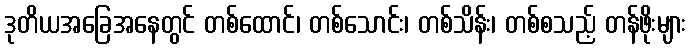
ဒုတိယအခြေအနေတွင် တစ်ထောင်၊ တစ်သောင်း၊ တစ်သိန်း၊ တစ်စသည့် တန်ဖိုးများ